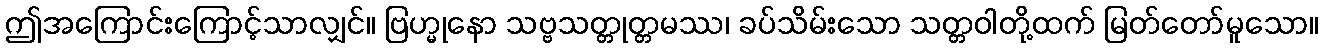
ဤအကြောင်းကြောင့်သာလျှင်။ ဗြဟ္မုနော သဗ္ဗသတ္တုတ္တမဿ၊ ခပ်သိမ်းသော သတ္တဝါတို့ထက် မြတ်တော်မူသော။